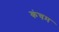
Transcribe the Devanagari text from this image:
कंचम